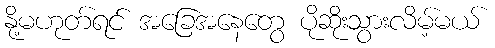
နို့မဟုတ်ရင် အခြေအနေတွေ ပိုဆိုးသွားလိမ့်မယ်